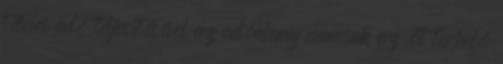
tételes adó teljesítésével az adóalany nemcsak az őt terhelő